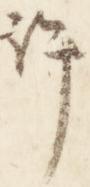
許